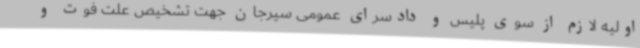
اولیه لازم از سوی پلیس و دادسرای عمومی سیرجان جهت تشخیص علت فوت و